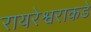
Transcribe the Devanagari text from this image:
रायरेश्वराकडे